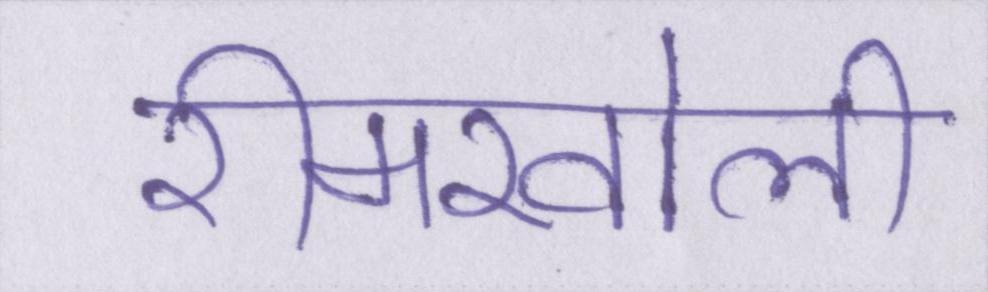
रीमखोली